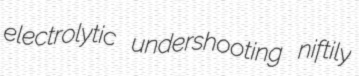
electrolytic undershooting niftily